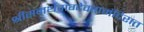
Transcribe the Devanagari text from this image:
श्रीसमर्थवाग्देवतामंदिरात